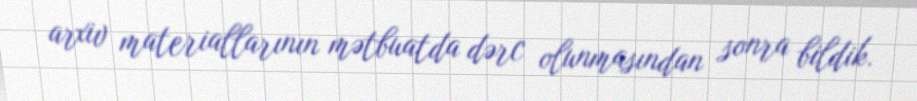
arxiv materiallarının mətbuatda dərc olunmasından sonra bildik.